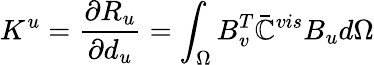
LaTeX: K^{u}=\frac{\partial R_{u}}{\partial d_{u}}=\int_{\Omega}B_{v}^{T}\bar{\mathbb{C}}^{vis}B_{u}d\Omega